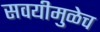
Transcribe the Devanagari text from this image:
सवयीमुळेच